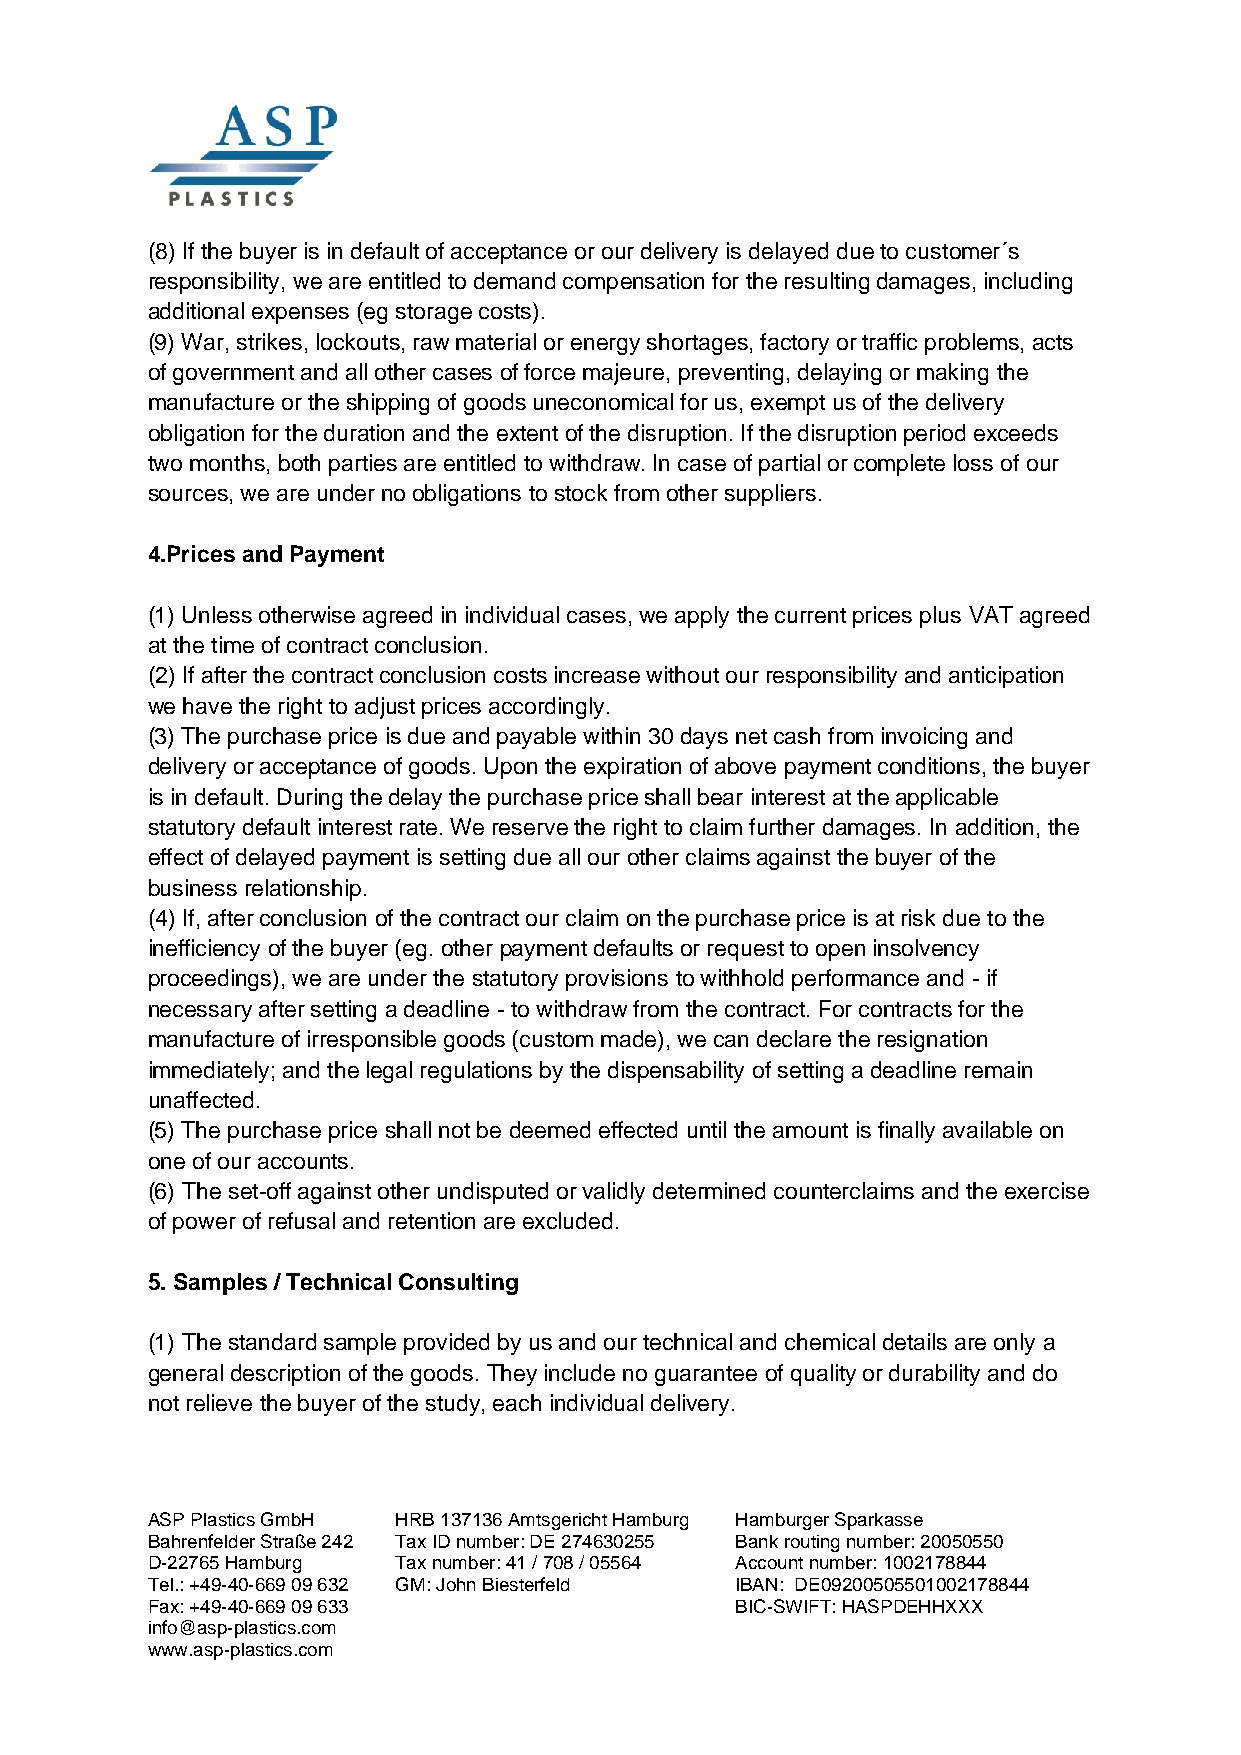
(8) If the buyer is in default of acceptance or our delivery is delayed due to customer´s
 responsibility, we are entitled to demand compensation for the resulting damages, including
 additional expenses (eg storage costs).
 (9) War, strikes, lockouts, raw material or energy shortages, factory or traffic problems, acts
 of government and all other cases of force majeure, preventing, delaying or making the
 manufacture or the shipping of goods uneconomical for us, exempt us of the delivery
 obligation for the duration and the extent of the disruption. If the disruption period exceeds
 two months, both parties are entitled to withdraw. In case of partial or complete loss of our
 sources, we are under no obligations to stock from other suppliers.
 4.Prices and Payment
 (1) Unless otherwise agreed in individual cases, we apply the current prices plus VAT agreed
 at the time of contract conclusion.
 (2) If after the contract conclusion costs increase without our responsibility and anticipation
 we have the right to adjust prices accordingly.
 (3) The purchase price is due and payable within 30 days net cash from invoicing and
 delivery or acceptance of goods. Upon the expiration of above payment conditions, the buyer
 is in default. During the delay the purchase price shall bear interest at the applicable
 statutory default interest rate. We reserve the right to claim further damages. In addition, the
 effect of delayed payment is setting due all our other claims against the buyer of the
 business relationship.
 (4) If, after conclusion of the contract our claim on the purchase price is at risk due to the
 inefficiency of the buyer (eg. other payment defaults or request to open insolvency
 proceedings), we are under the statutory provisions to withhold performance and - if
 necessary after setting a deadline - to withdraw from the contract. For contracts for the
 manufacture of irresponsible goods (custom made), we can declare the resignation
 immediately; and the legal regulations by the dispensability of setting a deadline remain
 unaffected.
 (5) The purchase price shall not be deemed effected until the amount is finally available on
 one of our accounts.
 (6) The set-off against other undisputed or validly determined counterclaims and the exercise
 of power of refusal and retention are excluded.
 5. Samples / Technical Consulting
 (1) The standard sample provided by us and our technical and chemical details are only a
 general description of the goods. They include no guarantee of quality or durability and do
 not relieve the buyer of the study, each individual delivery.
 ASP Plastics GmbH HRB 137136 Amtsgericht Hamburg Hamburger Sparkasse
 Bahrenfelder Straße 242 Tax ID number: DE 274630255 Bank routing number: 20050550
 D-22765 Hamburg Tax number: 41 / 708 / 055 64 Account number: 1002178844
 Tel.: +49-40-669 09 632 GM: John Biesterfeld IBAN: DE09200505501002178844
 Fax: +49-40-669 09 633                 BIC-SWIFT: HASPDEHHXXX
 info@asp-plastics.com
 www.asp-plastics.com